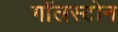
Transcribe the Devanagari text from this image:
गॉलस्टोन